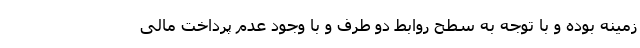
زمینه بوده و با توجه به سطح روابط دو طرف و با وجود عدم پرداخت مالی